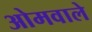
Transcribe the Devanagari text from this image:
ओमवाले